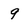
Character: 9